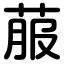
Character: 菔